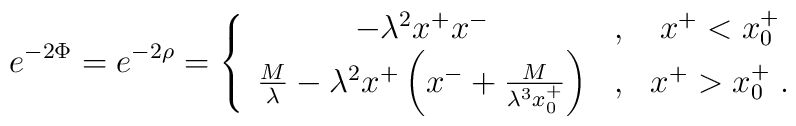
e^{-2\Phi}=e^{-2\rho}=\left\{\begin{array}{ccc}-\lambda^2x^+x^-&,&x^+<x^+_0\\{M\over\lambda}-\lambda^2x^+\left(x^-+{M\over{\lambda^3x^+_0}}\right)&,&x^+>x^+_0\;.\end{array}\right.